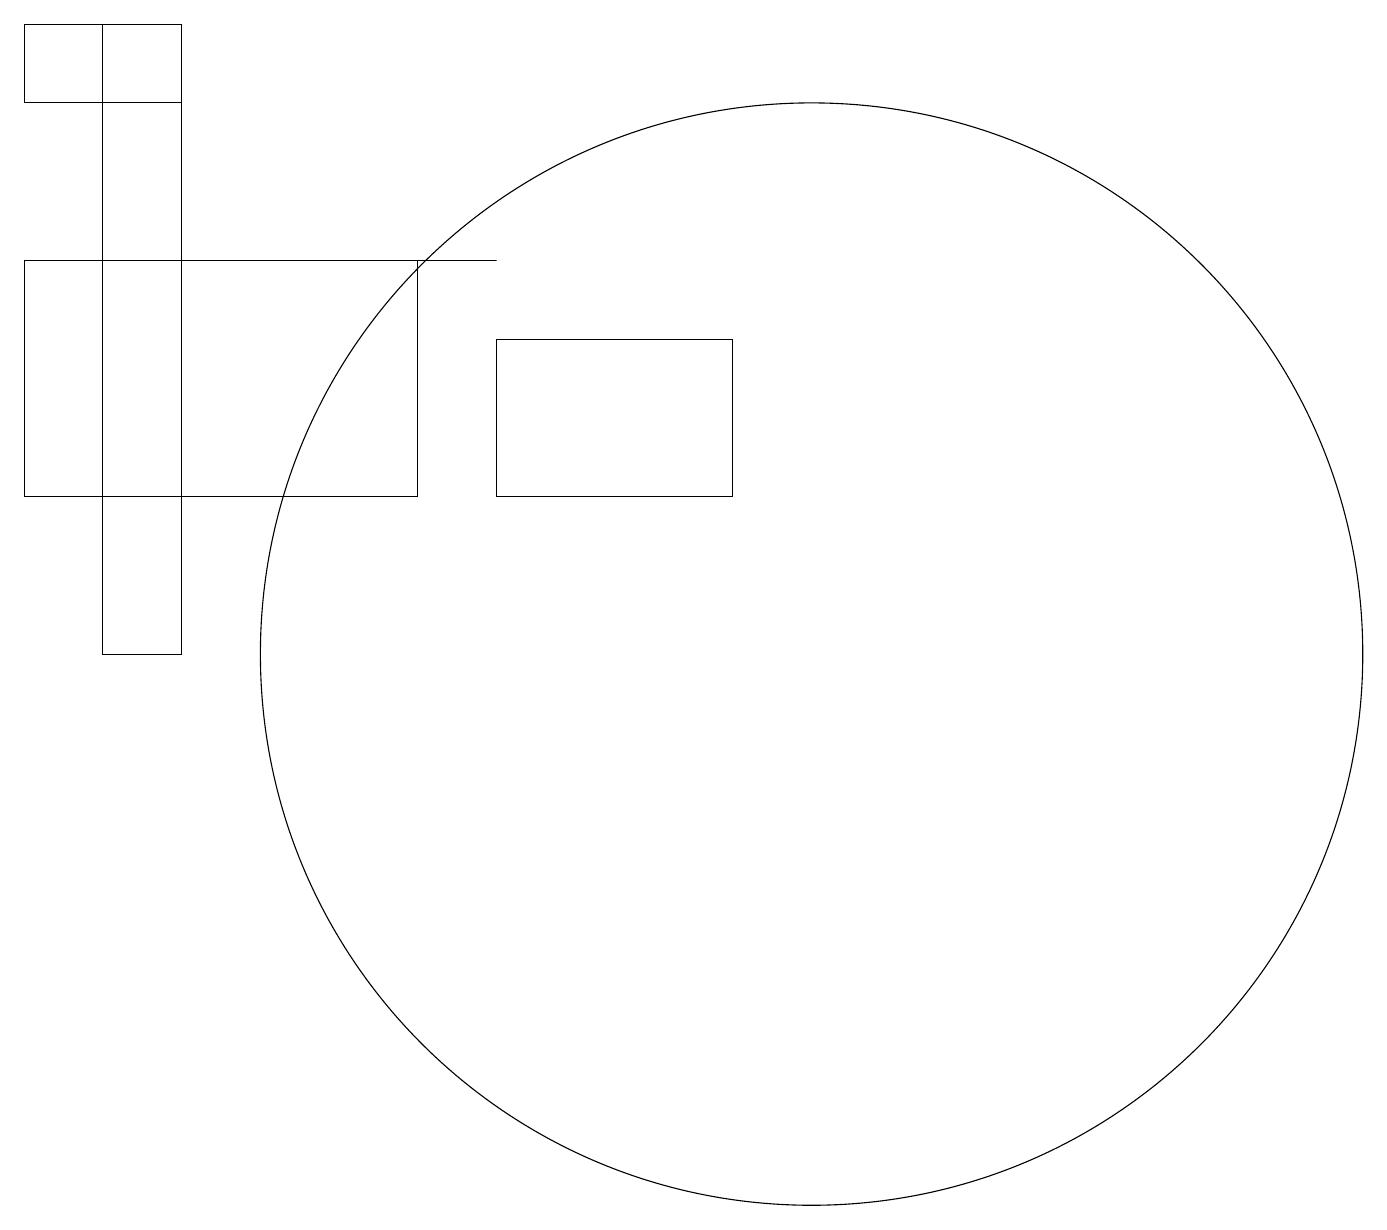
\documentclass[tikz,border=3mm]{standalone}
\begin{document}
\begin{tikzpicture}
\draw (1,18) rectangle (2,10);
\draw (5,15) rectangle (6,15);
\draw (9,14) rectangle (6,12);
\draw (0,15) rectangle (5,12);
\draw (0,18) rectangle (2,17);
\draw (10,10) circle (7);
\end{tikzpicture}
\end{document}